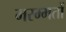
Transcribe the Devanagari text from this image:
मरम्मतों